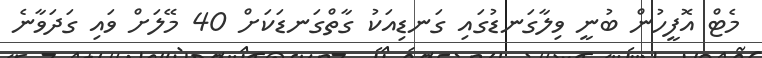
މެޓް އޮފީހުން ބުނީ ވިލާގަނޑުގައި ގަނޑިއަކު ގާތްގަނޑަކަށް 40 މޭލަށް ވައި ގަދަވާނެ